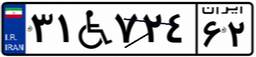
۳۱W۷۲۴۶۲